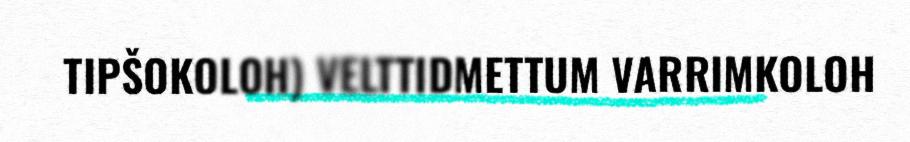
TIPŠOKOLOH) VELTTIDMETTUM VARRIMKOLOH